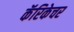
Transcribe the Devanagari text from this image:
कॅरिकेचर